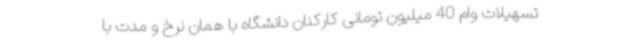
تسهیلات وام 40 میلیون تومانی کارکنان دانشگاه با همان نرخ و مدت با